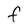
Character: f